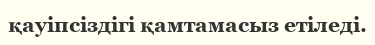
қауіпсіздігі қамтамасыз етіледі.